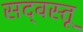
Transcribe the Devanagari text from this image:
सद्‌वस्तू